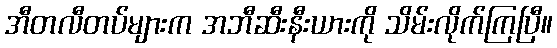
အီတလီတပ်များက အဘီဆီးနီးယားကို သိမ်းလိုက်ကြပြီ။